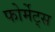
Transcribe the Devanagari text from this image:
फोर्मेट्स